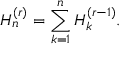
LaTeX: H _ { n } ^ { ( r ) } = \sum _ { k = 1 } ^ { n } H _ { k } ^ { ( r - 1 ) } .